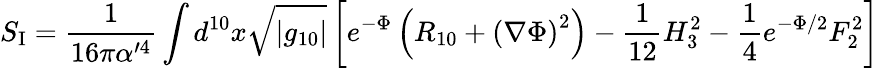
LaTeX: S_{\mathrm{I}}=\frac{1}{16\pi\alpha^{\prime 4}}\int d^{10}x\sqrt{|g_{10}|}\left[e^{-\Phi}\left(R_{10}+\left(\nabla\Phi\right)^{2}\right)-\frac{1}{12}H_{3}^{2}-\frac{1}{4}e^{-\Phi/2}F_{2}^{2}\right]